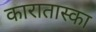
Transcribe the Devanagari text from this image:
कारातास्का